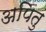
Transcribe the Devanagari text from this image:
अपितु